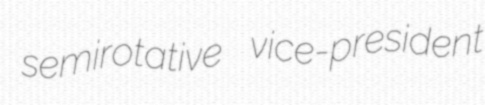
semirotative vice-president